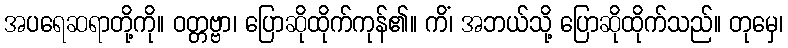
အပရေဆရာတို့ကို။ ဝတ္တဗ္ဗာ၊ ပြောဆိုထိုက်ကုန်၏။ ကိံ၊ အဘယ်သို့ ပြောဆိုထိုက်သည်။ တုမှေ၊